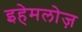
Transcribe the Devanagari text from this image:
इहेमलोज़